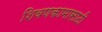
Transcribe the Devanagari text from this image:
शिवणकामासाठी